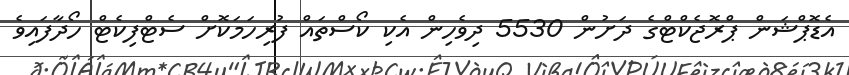
އެޑޮޕްޝަން ޕްރޮޖެކްޓްގެ ދަށުން 5530 ދިވެހިން އެކި ކޯސްތައް ފުރިހަމަކޮށް ސެޓްފިކެޓް ހޯދާފައިވެ